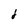
Character: 1